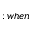
; w h e n